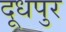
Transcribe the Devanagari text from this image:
दूधपुर